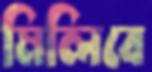
মিলিবে